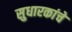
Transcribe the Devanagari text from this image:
सुधारकांचे